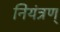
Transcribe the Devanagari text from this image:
नियंत्रण्